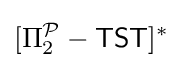
[\Pi _{2}^{\mathcal {P}}-{\mathsf {TST}}]^{*}